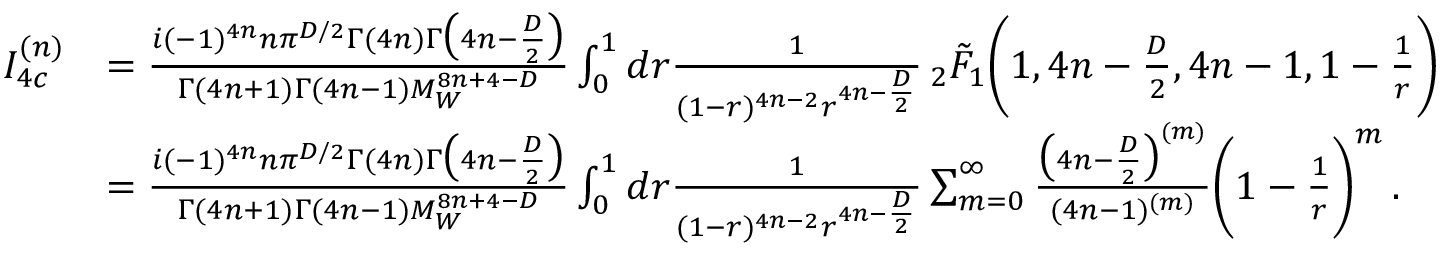
\begin{array} { r l } { I _ { 4 c } ^ { ( n ) } } & { = \frac { i ( - 1 ) ^ { 4 n } n \pi ^ { D / 2 } \Gamma ( 4 n ) \Gamma \big ( 4 n - \frac { D } { 2 } \big ) } { \Gamma ( 4 n + 1 ) \Gamma ( 4 n - 1 ) M _ { W } ^ { 8 n + 4 - D } } \int _ { 0 } ^ { 1 } d r \frac { 1 } { ( 1 - r ) ^ { 4 n - 2 } r ^ { 4 n - \frac { D } { 2 } } } \, _ { 2 } \tilde { F } _ { 1 } \bigg ( 1 , 4 n - \frac { D } { 2 } , 4 n - 1 , 1 - \frac { 1 } { r } \bigg ) } \\ & { = \frac { i ( - 1 ) ^ { 4 n } n \pi ^ { D / 2 } \Gamma ( 4 n ) \Gamma \big ( 4 n - \frac { D } { 2 } \big ) } { \Gamma ( 4 n + 1 ) \Gamma ( 4 n - 1 ) M _ { W } ^ { 8 n + 4 - D } } \int _ { 0 } ^ { 1 } d r \frac { 1 } { ( 1 - r ) ^ { 4 n - 2 } r ^ { 4 n - \frac { D } { 2 } } } \sum _ { m = 0 } ^ { \infty } \frac { \big ( 4 n - \frac { D } { 2 } \big ) ^ { ( m ) } } { ( 4 n - 1 ) ^ { ( m ) } } \bigg ( 1 - \frac { 1 } { r } \bigg ) ^ { m } \, . } \end{array}